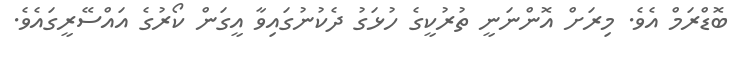
ބޮޑްރަމް އެވެ. މިރަށް އޮންނަނީ ތުރުކީގެ ހުޅަގު ދެކުނުގައިވާ އީގަން ކޯރުގެ އައްސޭރީގައެވެ.